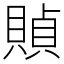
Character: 𧶸